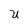
Character: U